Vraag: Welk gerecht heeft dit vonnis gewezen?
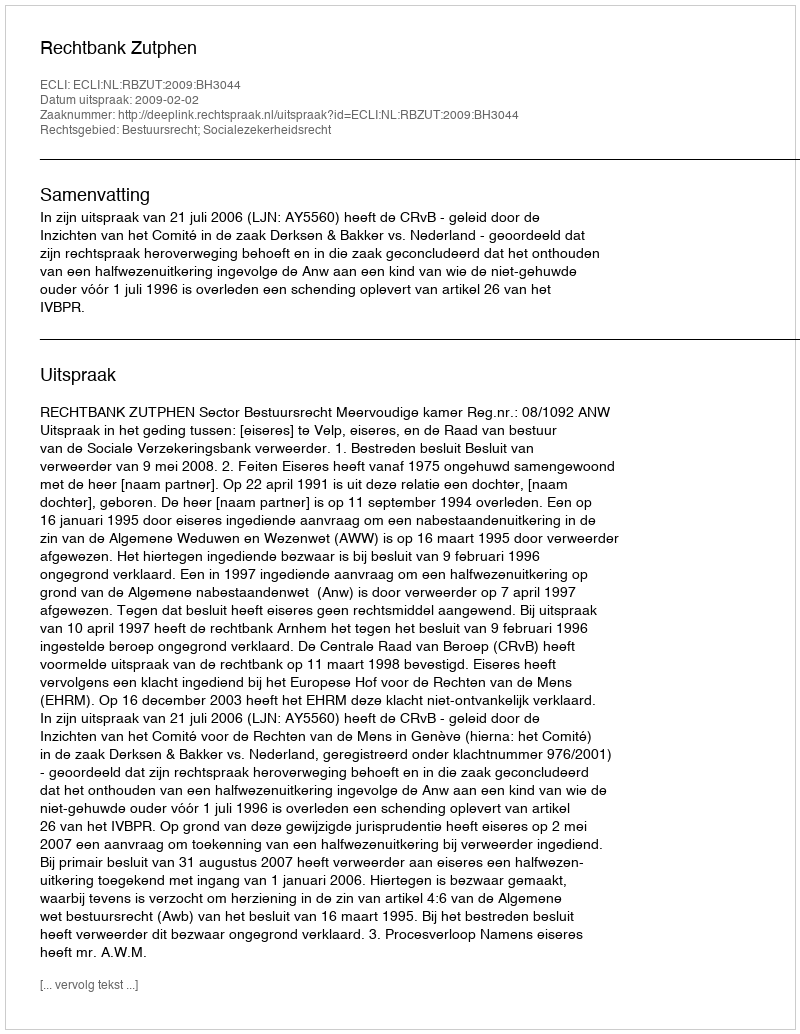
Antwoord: Rechtbank Zutphen